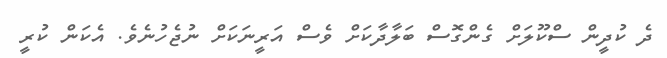
ދެ ކުދީން ސްކޫލަށް ގެންގޮސް ބަލާދާކަށް ވެސް އަރީނަކަށް ނުޖެހުނެވެ. އެކަން ކުރީ